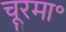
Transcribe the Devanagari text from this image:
चूरमा॰